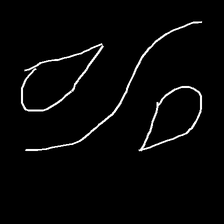
Glyph: water